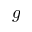
g